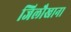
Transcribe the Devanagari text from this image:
जिलौखाना